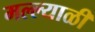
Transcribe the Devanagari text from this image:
मल्ल्याळी